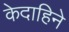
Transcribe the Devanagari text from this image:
केदाहिने